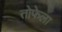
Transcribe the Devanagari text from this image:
तोफेला